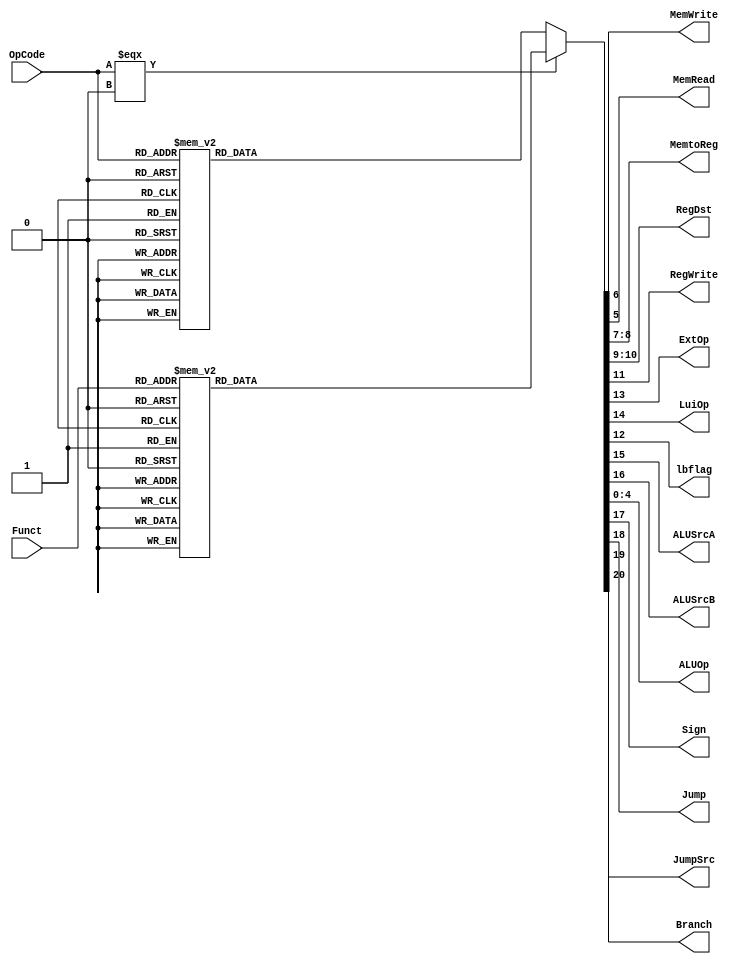
`timescale 1ns / 1ps
module Controller(OpCode, Funct, 
                MemWrite, MemRead, MemtoReg, 
                RegDst, RegWrite, ExtOp, LuiOp, lbflag,
                ALUSrcA, ALUSrcB, ALUOp, Sign,
                Jump, JumpSrc, Branch);             
//Input Signals                
input [5:0] OpCode;
input [5:0] Funct;
//Output Control Signals             
output reg MemRead;
output reg MemWrite;
output reg [1:0] MemtoReg;               
output reg [1:0] RegDst;              
output reg RegWrite;
output reg ExtOp;
output reg LuiOp;
output reg lbflag;
output reg ALUSrcA;
output reg ALUSrcB;
output reg [4:0] ALUOp;
output reg Sign;
output reg Jump;
output reg JumpSrc;
output reg Branch;

parameter ADD = 0;
parameter SUB = 1;
parameter AND = 2;
parameter OR = 3;
parameter XOR = 4;
parameter NOR = 5;
parameter SLL = 6;
parameter SRL = 7;
parameter SRA = 8;
parameter SLT = 9;
parameter BNE = 10;
parameter BLEZ = 11;
parameter BGTZ = 12;
parameter BLTZ = 13;   
parameter ELSE = 14;

always @(*)
    begin
        if(OpCode===0)begin
        case(Funct)
   /*add*/6'h20:begin ALUOp[4:0] <= ADD; MemRead <= 0; MemWrite <= 0; MemtoReg[1:0] <= 2'b00; RegDst[1:0] <= 2'b01; RegWrite <= 1; lbflag <= 0; ExtOp <= 0; LuiOp <= 0; ALUSrcA <= 0; ALUSrcB <= 0; Sign <= 1; Jump <= 0; JumpSrc <= 0; Branch <= 0; end
  /*addu*/6'h21:begin ALUOp[4:0] <= ADD; MemRead <= 0; MemWrite <= 0; MemtoReg[1:0] <= 2'b00; RegDst[1:0] <= 2'b01; RegWrite <= 1; lbflag <= 0; ExtOp <= 0; LuiOp <= 0; ALUSrcA <= 0; ALUSrcB <= 0; Sign <= 0; Jump <= 0; JumpSrc <= 0; Branch <= 0; end
   /*sub*/6'h22:begin ALUOp[4:0] <= SUB; MemRead <= 0; MemWrite <= 0; MemtoReg[1:0] <= 2'b00; RegDst[1:0] <= 2'b01; RegWrite <= 1; lbflag <= 0; ExtOp <= 0; LuiOp <= 0; ALUSrcA <= 0; ALUSrcB <= 0; Sign <= 1; Jump <= 0; JumpSrc <= 0; Branch <= 0; end
  /*subu*/6'h23:begin ALUOp[4:0] <= SUB; MemRead <= 0; MemWrite <= 0; MemtoReg[1:0] <= 2'b00; RegDst[1:0] <= 2'b01; RegWrite <= 1; lbflag <= 0; ExtOp <= 0; LuiOp <= 0; ALUSrcA <= 0; ALUSrcB <= 0; Sign <= 0; Jump <= 0; JumpSrc <= 0; Branch <= 0; end
       
   /*and*/6'h24:begin ALUOp[4:0] <= AND; MemRead <= 0; MemWrite <= 0; MemtoReg[1:0] <= 2'b00; RegDst[1:0] <= 2'b01; RegWrite <= 1; lbflag <= 0; ExtOp <= 0; LuiOp <= 0; ALUSrcA <= 0; ALUSrcB <= 0; Sign <= 0; Jump <= 0; JumpSrc <= 0; Branch <= 0; end
    /*or*/6'h25:begin ALUOp[4:0] <= OR;  MemRead <= 0; MemWrite <= 0; MemtoReg[1:0] <= 2'b00; RegDst[1:0] <= 2'b01; RegWrite <= 1; lbflag <= 0; ExtOp <= 0; LuiOp <= 0; ALUSrcA <= 0; ALUSrcB <= 0; Sign <= 0; Jump <= 0; JumpSrc <= 0; Branch <= 0; end
   /*xor*/6'h26:begin ALUOp[4:0] <= XOR; MemRead <= 0; MemWrite <= 0; MemtoReg[1:0] <= 2'b00; RegDst[1:0] <= 2'b01; RegWrite <= 1; lbflag <= 0; ExtOp <= 0; LuiOp <= 0; ALUSrcA <= 0; ALUSrcB <= 0; Sign <= 0; Jump <= 0; JumpSrc <= 0; Branch <= 0; end
   /*nor*/6'h27:begin ALUOp[4:0] <= NOR; MemRead <= 0; MemWrite <= 0; MemtoReg[1:0] <= 2'b00; RegDst[1:0] <= 2'b01; RegWrite <= 1; lbflag <= 0; ExtOp <= 0; LuiOp <= 0; ALUSrcA <= 0; ALUSrcB <= 0; Sign <= 0; Jump <= 0; JumpSrc <= 0; Branch <= 0; end
      
   /*sll*/6'h00:begin ALUOp[4:0] <= SLL; MemRead <= 0; MemWrite <= 0; MemtoReg[1:0] <= 2'b00; RegDst[1:0] <= 2'b01; RegWrite <= 1; lbflag <= 0; ExtOp <= 0; LuiOp <= 0; ALUSrcA <= 1; ALUSrcB <= 0; Sign <= 0; Jump <= 0; JumpSrc <= 0; Branch <= 0; end
   /*srl*/6'h02:begin ALUOp[4:0] <= SRL; MemRead <= 0; MemWrite <= 0; MemtoReg[1:0] <= 2'b00; RegDst[1:0] <= 2'b01; RegWrite <= 1; lbflag <= 0; ExtOp <= 0; LuiOp <= 0; ALUSrcA <= 1; ALUSrcB <= 0; Sign <= 0; Jump <= 0; JumpSrc <= 0; Branch <= 0; end
   /*sra*/6'h03:begin ALUOp[4:0] <= SRA; MemRead <= 0; MemWrite <= 0; MemtoReg[1:0] <= 2'b00; RegDst[1:0] <= 2'b01; RegWrite <= 1; lbflag <= 0; ExtOp <= 0; LuiOp <= 0; ALUSrcA <= 1; ALUSrcB <= 0; Sign <= 1; Jump <= 0; JumpSrc <= 0; Branch <= 0; end
   /*slt*/6'h2a:begin ALUOp[4:0] <= SLT; MemRead <= 0; MemWrite <= 0; MemtoReg[1:0] <= 2'b00; RegDst[1:0] <= 2'b01; RegWrite <= 1; lbflag <= 0; ExtOp <= 0; LuiOp <= 0; ALUSrcA <= 0; ALUSrcB <= 0; Sign <= 1; Jump <= 0; JumpSrc <= 0; Branch <= 0; end    
  /*sltu*/6'h2b:begin ALUOp[4:0] <= SLT; MemRead <= 0; MemWrite <= 0; MemtoReg[1:0] <= 2'b00; RegDst[1:0] <= 2'b01; RegWrite <= 1; lbflag <= 0; ExtOp <= 0; LuiOp <= 0; ALUSrcA <= 0; ALUSrcB <= 0; Sign <= 0; Jump <= 0; JumpSrc <= 0; Branch <= 0; end
      
    /*jr*/6'h08:begin ALUOp[4:0] <= ADD; MemRead <= 0; MemWrite <= 0; MemtoReg[1:0] <= 2'b00; RegDst[1:0] <= 2'b00; RegWrite <= 0; lbflag <= 0; ExtOp <= 0; LuiOp <= 0; ALUSrcA <= 0; ALUSrcB <= 0; Sign <= 0; Jump <= 1; JumpSrc <= 1; Branch <= 0; end
  /*jalr*/6'h09:begin ALUOp[4:0] <= ADD; MemRead <= 0; MemWrite <= 0; MemtoReg[1:0] <= 2'b10; RegDst[1:0] <= 2'b10; RegWrite <= 1; lbflag <= 0; ExtOp <= 0; LuiOp <= 0; ALUSrcA <= 0; ALUSrcB <= 0; Sign <= 0; Jump <= 1; JumpSrc <= 1; Branch <= 0; end
         
        default:begin ALUOp[4:0] <= ELSE; MemRead <= 0; MemWrite <= 0; MemtoReg[1:0] <= 2'b00; RegDst[1:0] <= 2'b00; RegWrite <= 0; lbflag <= 0; ExtOp <= 0; LuiOp <= 0; ALUSrcA <= 0; ALUSrcB <= 0; Sign <= 0; Jump <= 0; JumpSrc <= 0; Branch <= 0; end       
        endcase      
        end
    else begin
        case(OpCode)
    /*lw*/6'h23:begin ALUOp[4:0] <= ADD; MemRead <= 1; MemWrite <= 0; MemtoReg[1:0] <= 2'b01; RegDst[1:0] <= 2'b00; RegWrite <= 1; lbflag <= 0; ExtOp <= 1; LuiOp <= 0; ALUSrcA <= 0; ALUSrcB <= 1; Sign <= 1; Jump <= 0; JumpSrc <= 0; Branch <= 0; end
    /*lb*/6'h20:begin ALUOp[4:0] <= ADD; MemRead <= 1; MemWrite <= 0; MemtoReg[1:0] <= 2'b01; RegDst[1:0] <= 2'b00; RegWrite <= 1; lbflag <= 1; ExtOp <= 1; LuiOp <= 0; ALUSrcA <= 0; ALUSrcB <= 1; Sign <= 1; Jump <= 0; JumpSrc <= 0; Branch <= 0; end
    /*sw*/6'h2b:begin ALUOp[4:0] <= ADD; MemRead <= 0; MemWrite <= 1; MemtoReg[1:0] <= 2'b00; RegDst[1:0] <= 2'b00; RegWrite <= 0; lbflag <= 0; ExtOp <= 1; LuiOp <= 0; ALUSrcA <= 0; ALUSrcB <= 1; Sign <= 1; Jump <= 0; JumpSrc <= 0; Branch <= 0; end 
   /*lui*/6'h0f:begin ALUOp[4:0] <= ADD; MemRead <= 0; MemWrite <= 0; MemtoReg[1:0] <= 2'b00; RegDst[1:0] <= 2'b00; RegWrite <= 1; lbflag <= 0; ExtOp <= 0; LuiOp <= 1; ALUSrcA <= 0; ALUSrcB <= 1; Sign <= 0; Jump <= 0; JumpSrc <= 0; Branch <= 0; end
                
  /*addi*/6'h08:begin ALUOp[4:0] <= ADD; MemRead <= 0; MemWrite <= 0; MemtoReg[1:0] <= 2'b00; RegDst[1:0] <= 2'b00; RegWrite <= 1; lbflag <= 0; ExtOp <= 1; LuiOp <= 0; ALUSrcA <= 0; ALUSrcB <= 1; Sign <= 1; Jump <= 0; JumpSrc <= 0; Branch <= 0; end
 /*addiu*/6'h09:begin ALUOp[4:0] <= ADD; MemRead <= 0; MemWrite <= 0; MemtoReg[1:0] <= 2'b00; RegDst[1:0] <= 2'b00; RegWrite <= 1; lbflag <= 0; ExtOp <= 1; LuiOp <= 0; ALUSrcA <= 0; ALUSrcB <= 1; Sign <= 0; Jump <= 0; JumpSrc <= 0; Branch <= 0; end
  /*andi*/6'h0c:begin ALUOp[4:0] <= AND; MemRead <= 0; MemWrite <= 0; MemtoReg[1:0] <= 2'b00; RegDst[1:0] <= 2'b00; RegWrite <= 1; lbflag <= 0; ExtOp <= 0; LuiOp <= 0; ALUSrcA <= 0; ALUSrcB <= 1; Sign <= 0; Jump <= 0; JumpSrc <= 0; Branch <= 0; end 
                 
  /*slti*/6'h0a:begin ALUOp[4:0] <= SLT; MemRead <= 0; MemWrite <= 0; MemtoReg[1:0] <= 2'b00; RegDst[1:0] <= 2'b00; RegWrite <= 1; lbflag <= 0; ExtOp <= 1; LuiOp <= 0; ALUSrcA <= 0; ALUSrcB <= 1; Sign <= 1; Jump <= 0; JumpSrc <= 0; Branch <= 0; end
 /*sltiu*/6'h0b:begin ALUOp[4:0] <= SLT; MemRead <= 0; MemWrite <= 0; MemtoReg[1:0] <= 2'b00; RegDst[1:0] <= 2'b00; RegWrite <= 1; lbflag <= 0; ExtOp <= 1; LuiOp <= 0; ALUSrcA <= 0; ALUSrcB <= 1; Sign <= 0; Jump <= 0; JumpSrc <= 0; Branch <= 0; end
 
   /*beq*/6'h04:begin ALUOp[4:0] <= SUB; MemRead <= 0; MemWrite <= 0; MemtoReg[1:0] <= 2'b00; RegDst[1:0] <= 2'b00; RegWrite <= 0; lbflag <= 0; ExtOp <= 1; LuiOp <= 0; ALUSrcA <= 0; ALUSrcB <= 0; Sign <= 0; Jump <= 0; JumpSrc <= 0; Branch <= 1; end        
   /*bne*/6'h05:begin ALUOp[4:0] <= BNE; MemRead <= 0; MemWrite <= 0; MemtoReg[1:0] <= 2'b00; RegDst[1:0] <= 2'b00; RegWrite <= 0; lbflag <= 0; ExtOp <= 1; LuiOp <= 0; ALUSrcA <= 0; ALUSrcB <= 0; Sign <= 1; Jump <= 0; JumpSrc <= 0; Branch <= 1; end      
  /*blez*/6'h06:begin ALUOp[4:0] <= BLEZ; MemRead <= 0; MemWrite <= 0; MemtoReg[1:0] <= 2'b00; RegDst[1:0] <= 2'b00; RegWrite <= 0; lbflag <= 0; ExtOp <= 1; LuiOp <= 0; ALUSrcA <= 0; ALUSrcB <= 0; Sign <= 1; Jump <= 0; JumpSrc <= 0; Branch <= 1; end
  /*bgtz*/6'h07:begin ALUOp[4:0] <= BGTZ; MemRead <= 0; MemWrite <= 0; MemtoReg[1:0] <= 2'b00; RegDst[1:0] <= 2'b00; RegWrite <= 0; lbflag <= 0; ExtOp <= 1; LuiOp <= 0; ALUSrcA <= 0; ALUSrcB <= 0; Sign <= 1; Jump <= 0; JumpSrc <= 0; Branch <= 1; end  
  /*bltz*/6'h01:begin ALUOp[4:0] <= BLTZ; MemRead <= 0; MemWrite <= 0; MemtoReg[1:0] <= 2'b00; RegDst[1:0] <= 2'b00; RegWrite <= 0; lbflag <= 0; ExtOp <= 1; LuiOp <= 0; ALUSrcA <= 0; ALUSrcB <= 0; Sign <= 1; Jump <= 0; JumpSrc <= 0; Branch <= 1; end
     
     /*j*/6'h02:begin ALUOp[4:0] <= ELSE; MemRead <= 0; MemWrite <= 0; MemtoReg[1:0] <= 2'b00; RegDst[1:0] <= 2'b00; RegWrite <= 0; lbflag <= 0; ExtOp <= 0; LuiOp <= 0; ALUSrcA <= 0; ALUSrcB <= 0; Sign <= 0; Jump <= 1; JumpSrc <= 0; Branch <= 0; end        
   /*jal*/6'h03:begin ALUOp[4:0] <= ELSE; MemRead <= 0; MemWrite <= 0; MemtoReg[1:0] <= 2'b10; RegDst[1:0] <= 2'b10; RegWrite <= 1; lbflag <= 0; ExtOp <= 0; LuiOp <= 0; ALUSrcA <= 0; ALUSrcB <= 0; Sign <= 0; Jump <= 1; JumpSrc <= 0; Branch <= 0; end         
        default:begin ALUOp[4:0] <= ELSE; MemRead <= 0; MemWrite <= 0; MemtoReg[1:0] <= 2'b00; RegDst[1:0] <= 2'b00; RegWrite <= 0; lbflag <= 0; ExtOp <= 0; LuiOp <= 0; ALUSrcA <= 0; ALUSrcB <= 0; Sign <= 0; Jump <= 0; JumpSrc <= 0; Branch <= 0; end       
        endcase           
        end   
    end   
              
endmodule